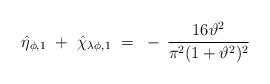
LaTeX: \begin{align*}\hat{\eta}_{\phi,1} ~+~ \hat{\chi}_{\lambda\phi,1} ~=~- \, \frac{16\vartheta^2}{\pi^2 (1+\vartheta^2)^2}\end{align*}